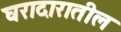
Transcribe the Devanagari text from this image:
घरादारातील